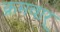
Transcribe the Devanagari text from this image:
क्रमवार्